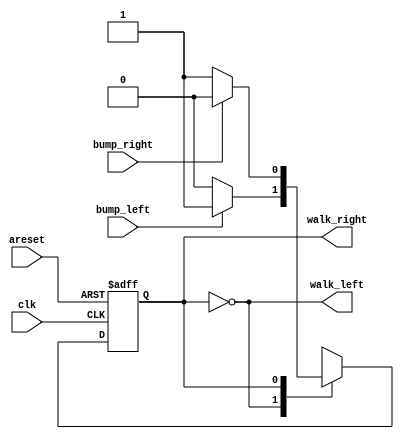
/////////////////////////////////////////////
///  Design: Lemmings (2-D)   \\\\\\\\\\\\\\\\\\\\\\\\\\\\
///  Designed by: Shubhi Agrawal   \\\\\\\\\\\\\\\\\\
/////////////////////////////////////////////



module top_module(
    input clk,
    input areset,    // Freshly brainwashed Lemmings walk left.
    input bump_left,
    input bump_right,
    output walk_left,
    output walk_right
   );   

    localparam LEFT=0, RIGHT=1;
    reg state, next_state;

    always @(*) begin
        // State transition logic
        case(state)
            LEFT: begin
                   if(bump_left) 
                     next_state = RIGHT; 
                   else
                       next_state = LEFT; 
                  end 
            RIGHT: begin
                   if(bump_right) 
                     next_state = LEFT; 
                   else
                       next_state = RIGHT; 
                   end
        endcase
            end

    always @(posedge clk, posedge areset) begin
        // State flip-flops with asynchronous reset
        if(areset)
              state <= LEFT;
            else
                state <= next_state; 
    end    

    // Output logic
            assign walk_left = (state == LEFT);
            assign walk_right = (state == RIGHT);

endmodule